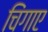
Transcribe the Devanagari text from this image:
चिंगाए